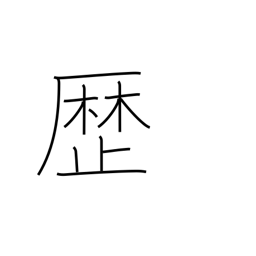
Meaning: passage of time